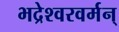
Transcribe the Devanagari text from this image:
भद्रेश्वरवर्मन्